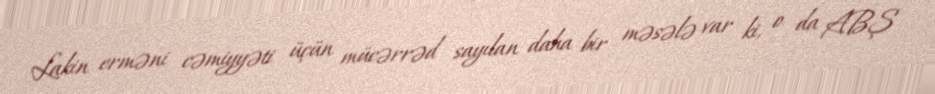
Lakin erməni cəmiyyəti üçün mücərrəd sayılan daha bir məsələ var ki, o da ABŞ